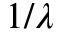
1 / \lambda